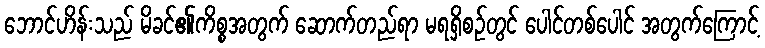
ဘောင်ဟိန်းသည် မိခင်၏ကိစ္စအတွက် ဆောက်တည်ရာ မရရှိစဉ်တွင် ပေါင်တစ်ပေါင် အတွက်ကြောင့်